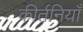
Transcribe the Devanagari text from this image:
कीर्तनियाँ